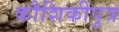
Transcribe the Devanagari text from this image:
कौशिकीपुत्र